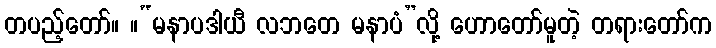
တပည့်တော်။ ။“မနာပဒါယီ လဘတေ မနာပံ”လို့ ဟောတော်မူတဲ့ တရားတော်က